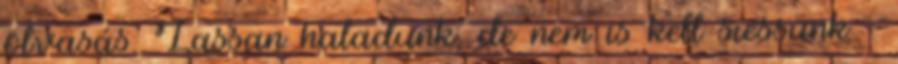
olvasás. Lassan haladunk, de nem is kell siessünk :